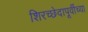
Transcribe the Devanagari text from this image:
शिरच्छेदापूर्वीच्या